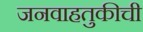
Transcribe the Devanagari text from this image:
जनवाहतुकीची